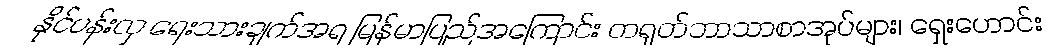
နိုင်ပန်းလှ ရေးသားချက်အရ မြန်မာပြည်အကြောင်း တရုတ်ဘာသာစာအုပ်များ၊ ရှေးဟောင်း